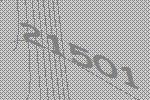
21501